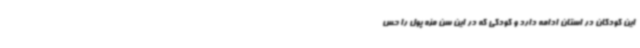
این کودکان در استان ادامه دارد و کودکی که در این سن مزه پول را حس